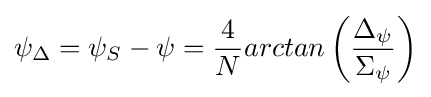
\psi _{\Delta }=\psi _{S}-\psi ={\frac {4}{N}}arctan\left({\frac {\Delta _{\psi }}{\Sigma _{\psi }}}\right)